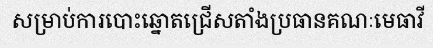
សម្រាប់ការបោះឆ្នោតជ្រើសតាំងប្រធានគណៈមេធាវី